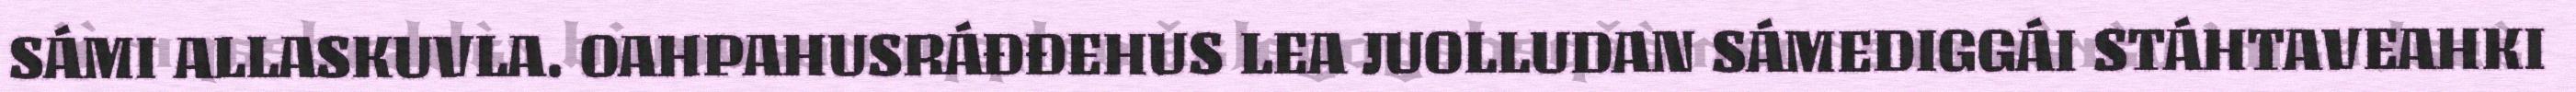
SÁMI ALLASKUVLA. OAHPAHUSRÁĐĐEHUS LEA JUOLLUDAN SÁMEDIGGÁI STÁHTAVEAHKI